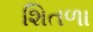
શિતળા